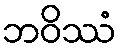
ဘဝိဿံ